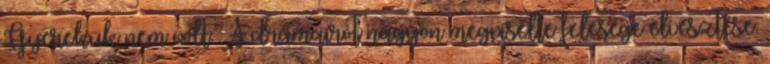
Gyerekük nem volt. A drámaírót nagyon megviselte felesége elvesztése.